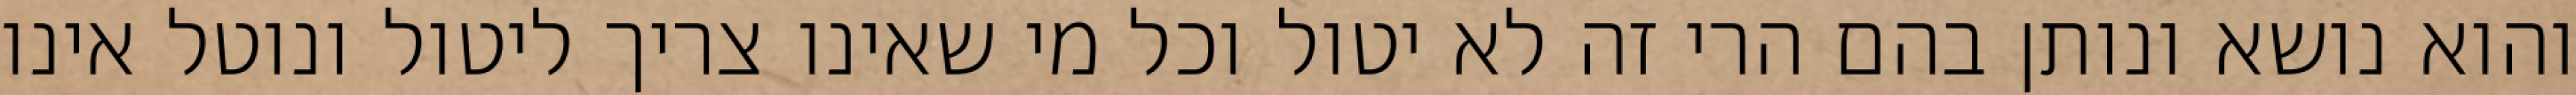
והוא נושא ונותן בהם הרי זה לא יטול וכל מי שאינו צריך ליטול ונוטל אינו